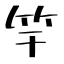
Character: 竿